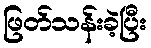
ဖြတ်သန်းခဲ့ပြီး